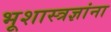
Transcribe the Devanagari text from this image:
भूशास्त्रज्ञांना